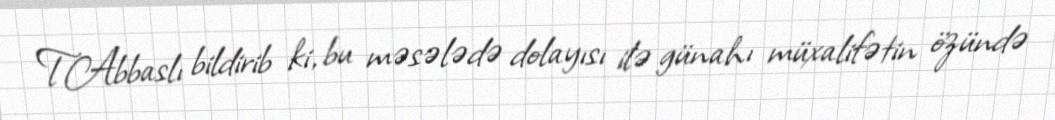
T.Abbaslı bildirib ki, bu məsələdə dolayısı ilə günahı müxalifətin özündə